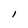
Character: l